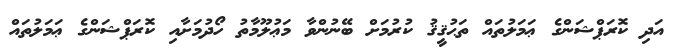
އަދި ކޮރަޕްޝަންގެ ޢަމަލުތައް ތަޙުޤީޤު ކުރުމަށް ބޭނުންވާ މަޢުލޫމާތު ހޯދުމަށާއި ކޮރަޕްޝަންގެ ޢަމަލުތައް